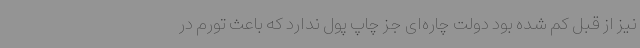
نیز از قبل کم شده بود دولت چاره‌ای جز چاپ پول ندارد که باعث تورم در